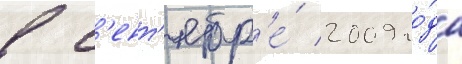
в с'ент'ябр'е́ 2009 го́да